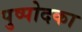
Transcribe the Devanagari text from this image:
पुष्पोदका